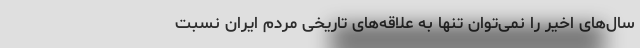
سال‌های اخیر را نمی‌توان تنها به علاقه‌های تاریخی مردم ایران نسبت